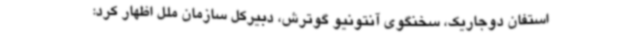
استفان دوجاریک، سخنگوی آنتونیو گوترش، دبیرکل سازمان ملل اظهار کرد: